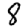
Digit: 8